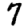
Digit: 7